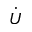
\Dot { U }